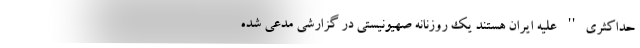
حداکثری'' علیه ایران هستند یک روزنانه صهیونیستی در گزارشی مدعی شده